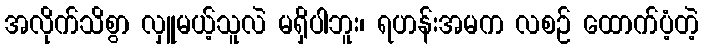
အလိုက်သိစွာ လှူမယ့်သူလဲ မရှိပါဘူး၊ ရဟန်းအမက လစဉ် ထောက်ပံ့တဲ့